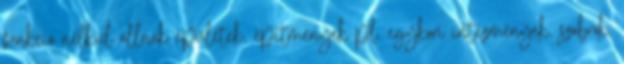
funkció nélkül állnak épületek, építmények pl. egykori intézmények, szobrok,